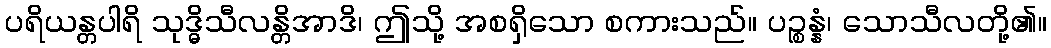
ပရိယန္တပါရိ သုဒ္ဓိသီလန္တိအာဒိ၊ ဤသို့ အစရှိသော စကားသည်။ ပဉ္စန္နံ၊ သောသီလတို့၏။